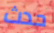
حدث